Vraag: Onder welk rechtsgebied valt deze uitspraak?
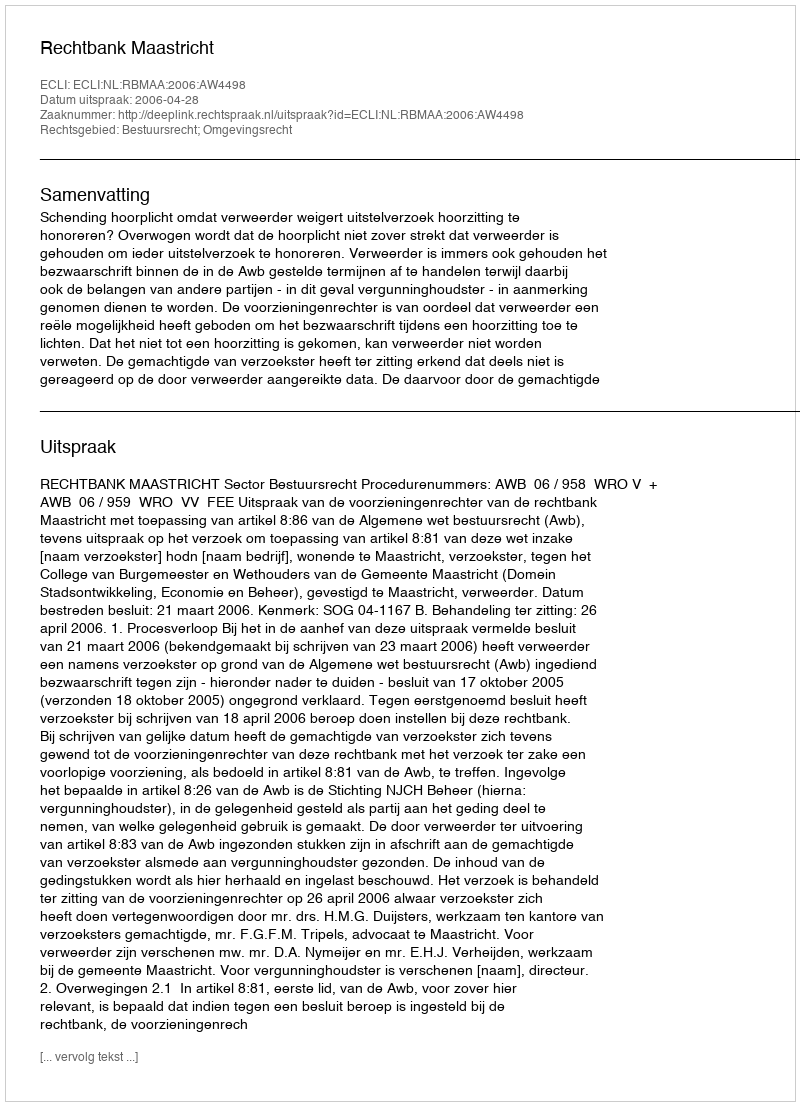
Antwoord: Bestuursrecht; Omgevingsrecht